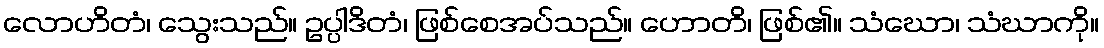
လောဟိတံ၊ သွေးသည်။ ဥပ္ပါဒိတံ၊ ဖြစ်စေအပ်သည်။ ဟောတိ၊ ဖြစ်၏။ သံဃော၊ သံဃာကို။